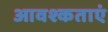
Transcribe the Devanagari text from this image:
आवश्कताएं